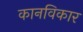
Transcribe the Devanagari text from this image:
कानविकार